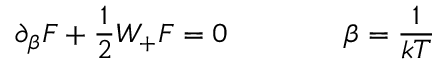
\partial _ { \beta } F + \frac { 1 } { 2 } W _ { + } F = 0 \qquad \qquad \beta = \frac { 1 } { k T }